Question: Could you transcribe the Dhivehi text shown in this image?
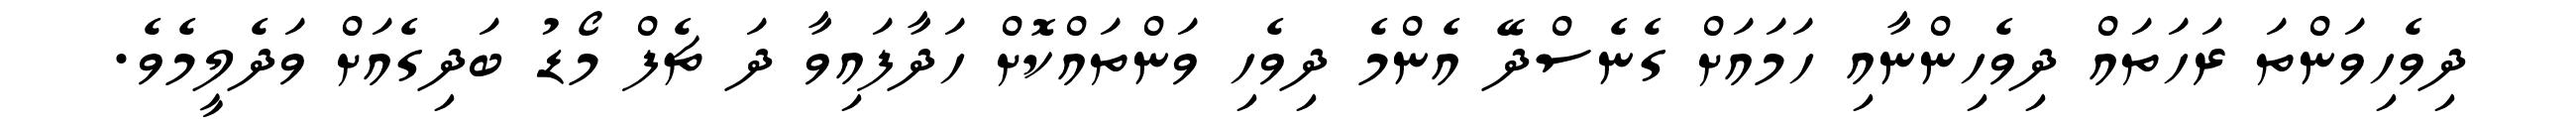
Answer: ދިވެހިވަންތަ ރަހަތައް ދިވެހިންނާއި ހަމައަށް ގެނެސްދޭ އެންމެ ދިވެހި ވަންތައްކޮށް ހަދާފައިވާ ދަ ޗެފް މޯޑު ބަދިގެއަށް ވަދެލީމެވެ.